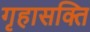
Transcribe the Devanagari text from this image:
गृहासक्ति